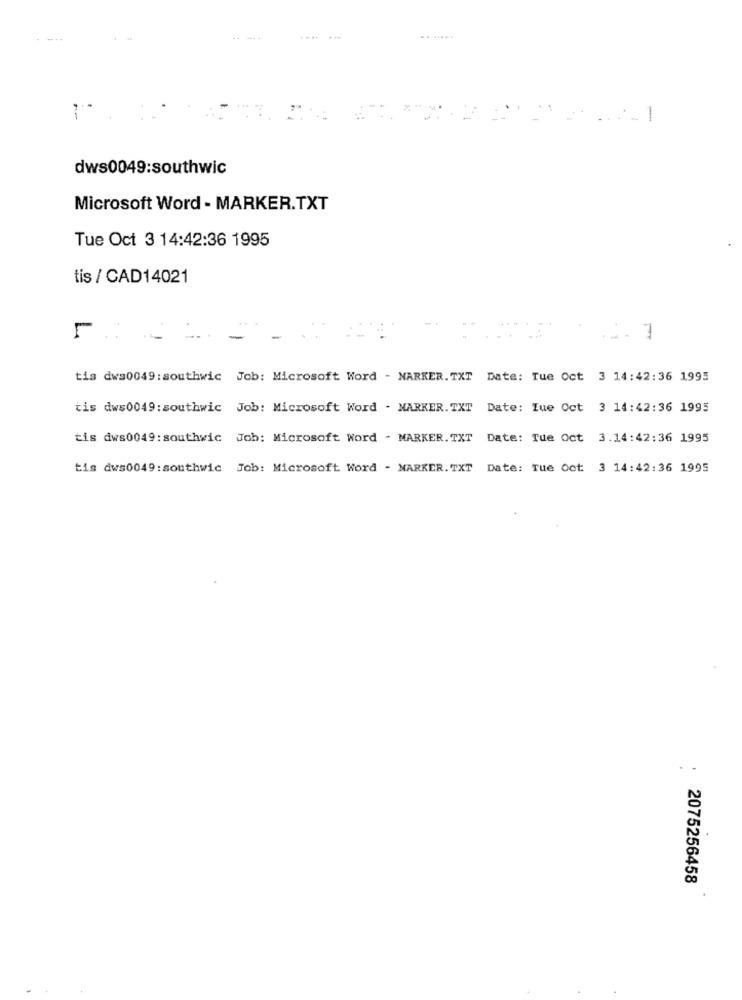
....
: 1
dws0049:southwic
Microsoft Word - MARKER.TXT
Tue Oct 3 14:42:36 1995
tis / CAD14021
tis dwa0049: southwic Job: Microsoft Word - NARKER. TXT
Date: Tue Oct 3 14:42:36 1995
tis dws0049: southwic Job: Microsoft Word - MARKER. TXT
Date: Tue Oct 3 14:42:36 1995
tis dws0049: southwic Joh: Microsoft Word - MARKER. TXT
Date: Tue Oct 3.14:42:36 1995
tis dws0049: southwic Job: Microsoft Word - MARKER. TXT
Date: Tue Oct 3 14:42:36 1995
. .
2075256458